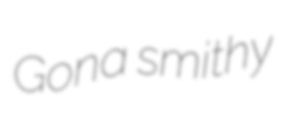
Gona smithy